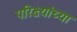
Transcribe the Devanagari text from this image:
परिक्ष्यांच्या